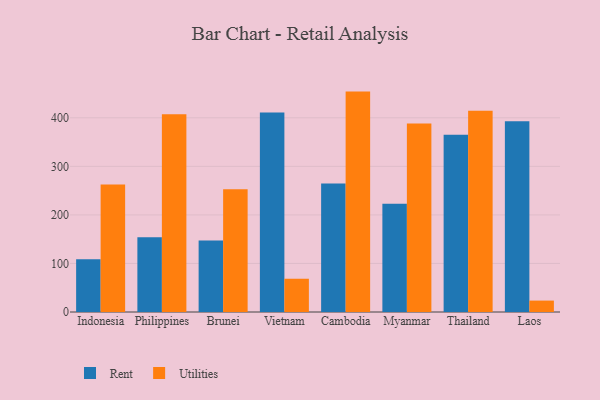
{"axis": {"x": "Country", "y": "Inventory Turnover"}, "legend": ["Rent", "Utilities"], "data": [{"x": "Indonesia", "y": 108.5, "type": "Rent"}, {"x": "Indonesia", "y": 262.4, "type": "Utilities"}, {"x": "Philippines", "y": 154.1, "type": "Rent"}, {"x": "Philippines", "y": 407.4, "type": "Utilities"}, {"x": "Brunei", "y": 147.1, "type": "Rent"}, {"x": "Brunei", "y": 252.9, "type": "Utilities"}, {"x": "Vietnam", "y": 410.8, "type": "Rent"}, {"x": "Vietnam", "y": 68.5, "type": "Utilities"}, {"x": "Cambodia", "y": 264.7, "type": "Rent"}, {"x": "Cambodia", "y": 454.0, "type": "Utilities"}, {"x": "Myanmar", "y": 222.8, "type": "Rent"}, {"x": "Myanmar", "y": 388.5, "type": "Utilities"}, {"x": "Thailand", "y": 365.3, "type": "Rent"}, {"x": "Thailand", "y": 414.5, "type": "Utilities"}, {"x": "Laos", "y": 392.7, "type": "Rent"}, {"x": "Laos", "y": 23.5, "type": "Utilities"}]}